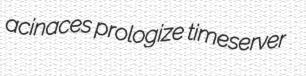
acinaces prologize timeserver